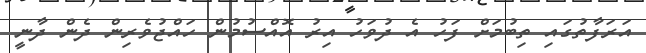
އަރަފާތުގައި ތިބުމަށް ފަހު އެ ދުވަހު އިރު އޮއްސުމުން ހައްޖުވެރިން ދެން ދާނީ